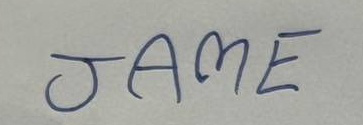
JAME